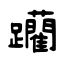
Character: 躪